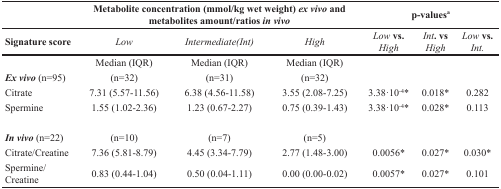
|  | <COLSPAN=3> Metabolite concentration (mmol/kg wet weight) ex vivo and metabolites amount/ratios in vivo | <COLSPAN=3> p-valuesa |
 | Signature score | Low | Intermediate(Int) | High | Low vs. High | Int. vs High | Low vs. Int. |
 | --- | --- | --- | --- | --- | --- | --- |
 |  | Median (IQR) | Median (IQR) | Median (IQR) |  |  |  |
 | Ex vivo (n=95) | (n=32) | (n=31) | (n=32) |  |  |  |
 | Citrate | 7.31 (5.57-11.56) | 6.38 (4.56-11.58) | 3.55 (2.08-7.25) | 3.38·10-4* | 0.018* | 0.282 |
 | Spermine | 1.55 (1.02-2.36) | 1.23 (0.67-2.27) | 0.75 (0.39-1.43) | 3.38·10-4* | 0.028* | 0.113 |
 | In vivo (n=22) | (n=10) | (n=7) | (n=5) |  |  |  |
 | Citrate/Creatine | 7.36 (5.81-8.79) | 4.45 (3.34-7.79) | 2.77 (1.48-3.00) | 0.0056* | 0.027* | 0.030* |
 | Spermine/Creatine | 0.83 (0.44-1.04) | 0.50 (0.04-1.11) | 0.00 (0.00-0.02) | 0.0057* | 0.027* | 0.101 |